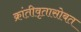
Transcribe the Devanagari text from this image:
क्रांतीवृतासोबत